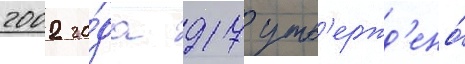
2002 го́да 917 утв'ержд'ено́